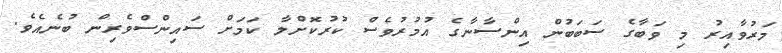
މަރުވާއިރު މި ވަބާގެ ސަބަބުން އިންސާނާގެ އުމުރުވެސް ކުރުކޮށްލާ ކަމަށް ސައިންސްވެރިން ބުނެއެވެ.